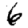
Digit: 6